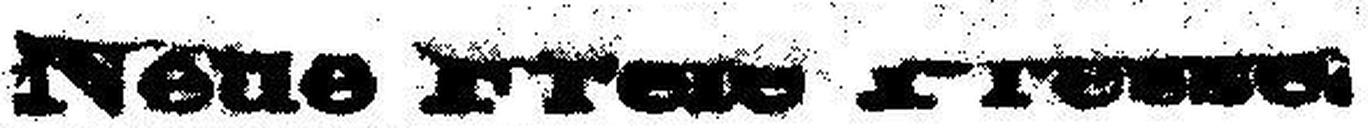
Neue Freie Presse.